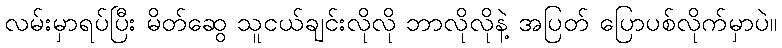
လမ်းမှာရပ်ပြီး မိတ်ဆွေ သူငယ်ချင်းလိုလို ဘာလိုလိုနဲ့ အပြတ် ပြောပစ်လိုက်မှာပဲ။